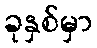
ခုနှစ်မှာ